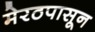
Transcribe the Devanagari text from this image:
मेरठपासून